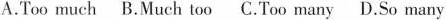
A.Too much B.Much tooC.Too many D.So many